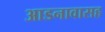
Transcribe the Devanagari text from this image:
आडनावासह